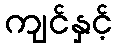
ကျင်နှင့်